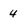
Character: 4